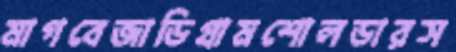
মাগবেজাডিগ্রামশোলডারস